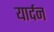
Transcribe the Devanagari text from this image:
यार्दन